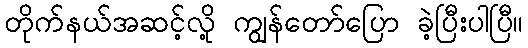
တိုက်နယ်အဆင့်လို့ ကျွန်တော်ပြော ခဲ့ပြီးပါပြီ။